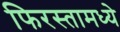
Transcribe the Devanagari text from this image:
फिरस्तामध्ये